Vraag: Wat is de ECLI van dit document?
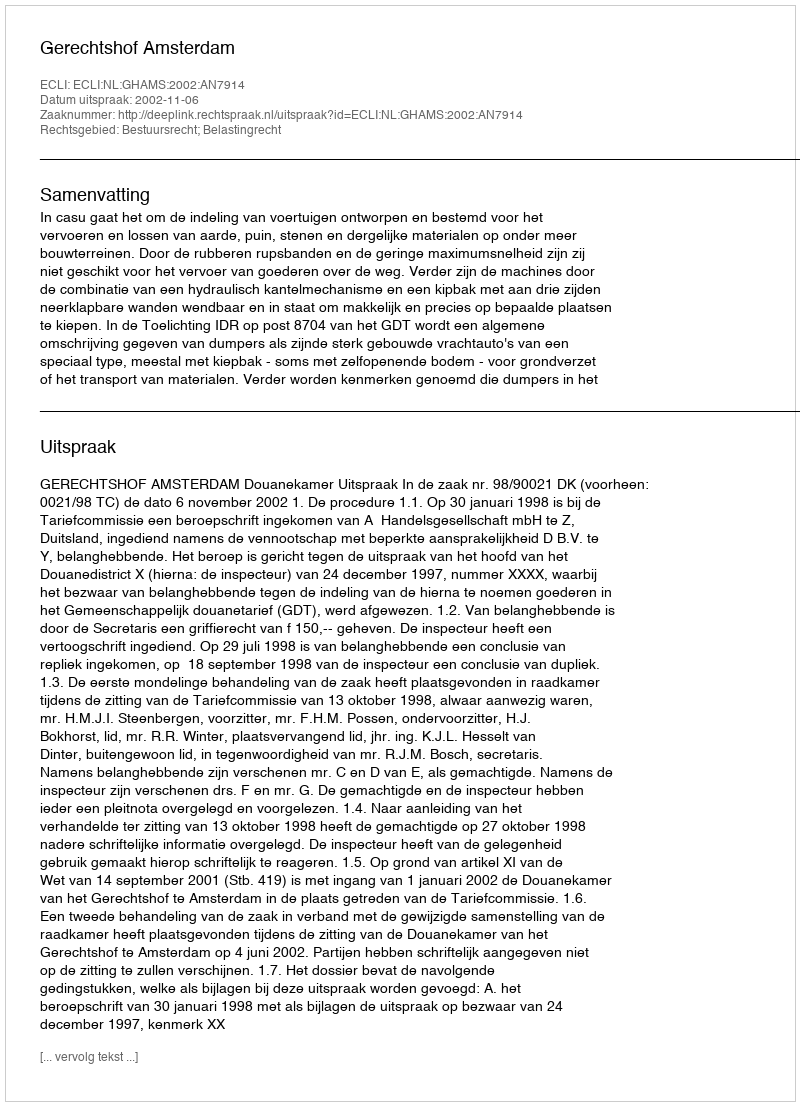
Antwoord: ECLI:NL:GHAMS:2002:AN7914